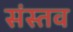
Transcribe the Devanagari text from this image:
संस्तव